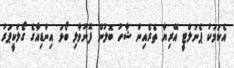
އެކަމަކު ޕެނަލްޓީ އޭރިޔާ ތެރެއިން ޝާހު ބޮލުން ފޮނުވާލި ބޯޅަ އިންޑިއާގެ ގޯލްކީޕަރު